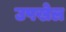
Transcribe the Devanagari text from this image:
उपखेल